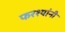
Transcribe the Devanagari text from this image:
फरश्यांनी